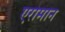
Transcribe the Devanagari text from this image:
एरामान